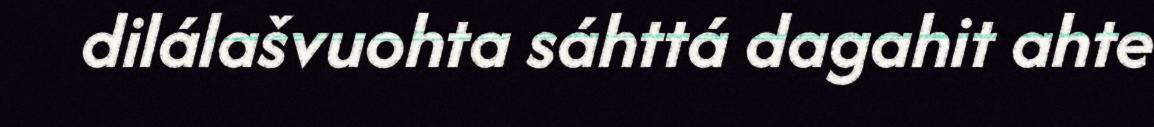
dilálašvuohta sáhttá dagahit ahte